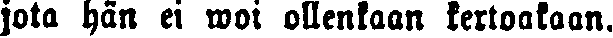
jota hän ei woi ollenkaan kertoakaan.